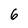
Character: 6